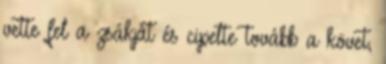
vette fel a zsákját és cipelte tovább a követ,